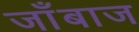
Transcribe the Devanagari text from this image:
जाँबाज